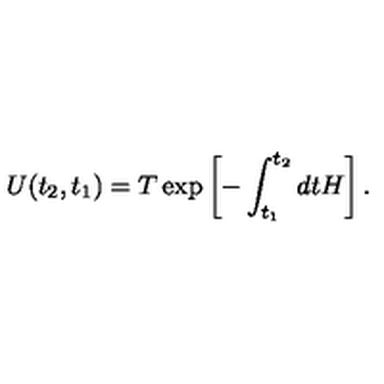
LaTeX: U ( t _ { 2 } , t _ { 1 } ) = T \exp \left[ - \int _ { t _ { 1 } } ^ { t _ { 2 } } d t H \right] .